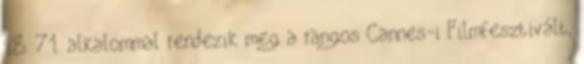
18. 71. alkalommal rendezik meg a rangos Cannes-i Filmfesztivált,